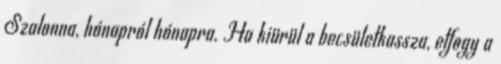
Szalonna, hónapról hónapra. Ha kiürül a becsületkassza, elfogy a